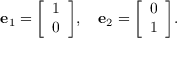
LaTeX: { \mathbf { e } } _ { 1 } = { \left[ \begin{array} { l } { 1 } \\ { 0 } \end{array} \right] } , \quad { \mathbf { e } } _ { 2 } = { \left[ \begin{array} { l } { 0 } \\ { 1 } \end{array} \right] } .